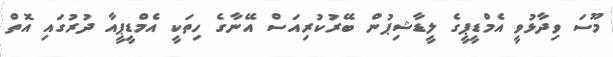
މޫސަ ވިދާޅުވީ އެމްޑީޕީގެ ލީޑާޝިޕުން ބޭރުކުރިއަސް އޭނާގެ ހިތަކީ އެމްޑީޕީއާ ދުރުގައި އޮތް